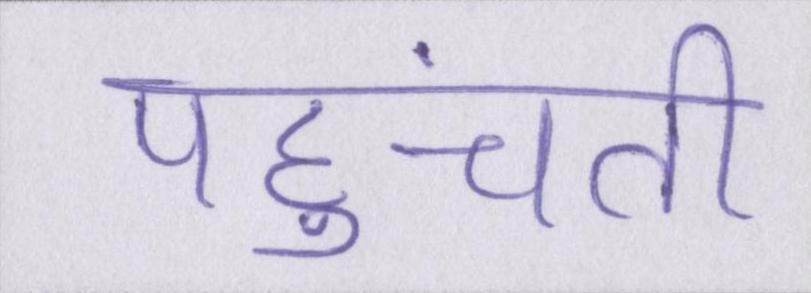
पहुंचती